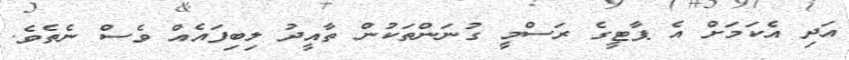
އަދި އެކަމަށް އެ ޕާޓީގެ ރަސްމީ ގުނަންތަކުން ތާއީދު ލިބިފައެއް ވެސް ނެތެވެ.